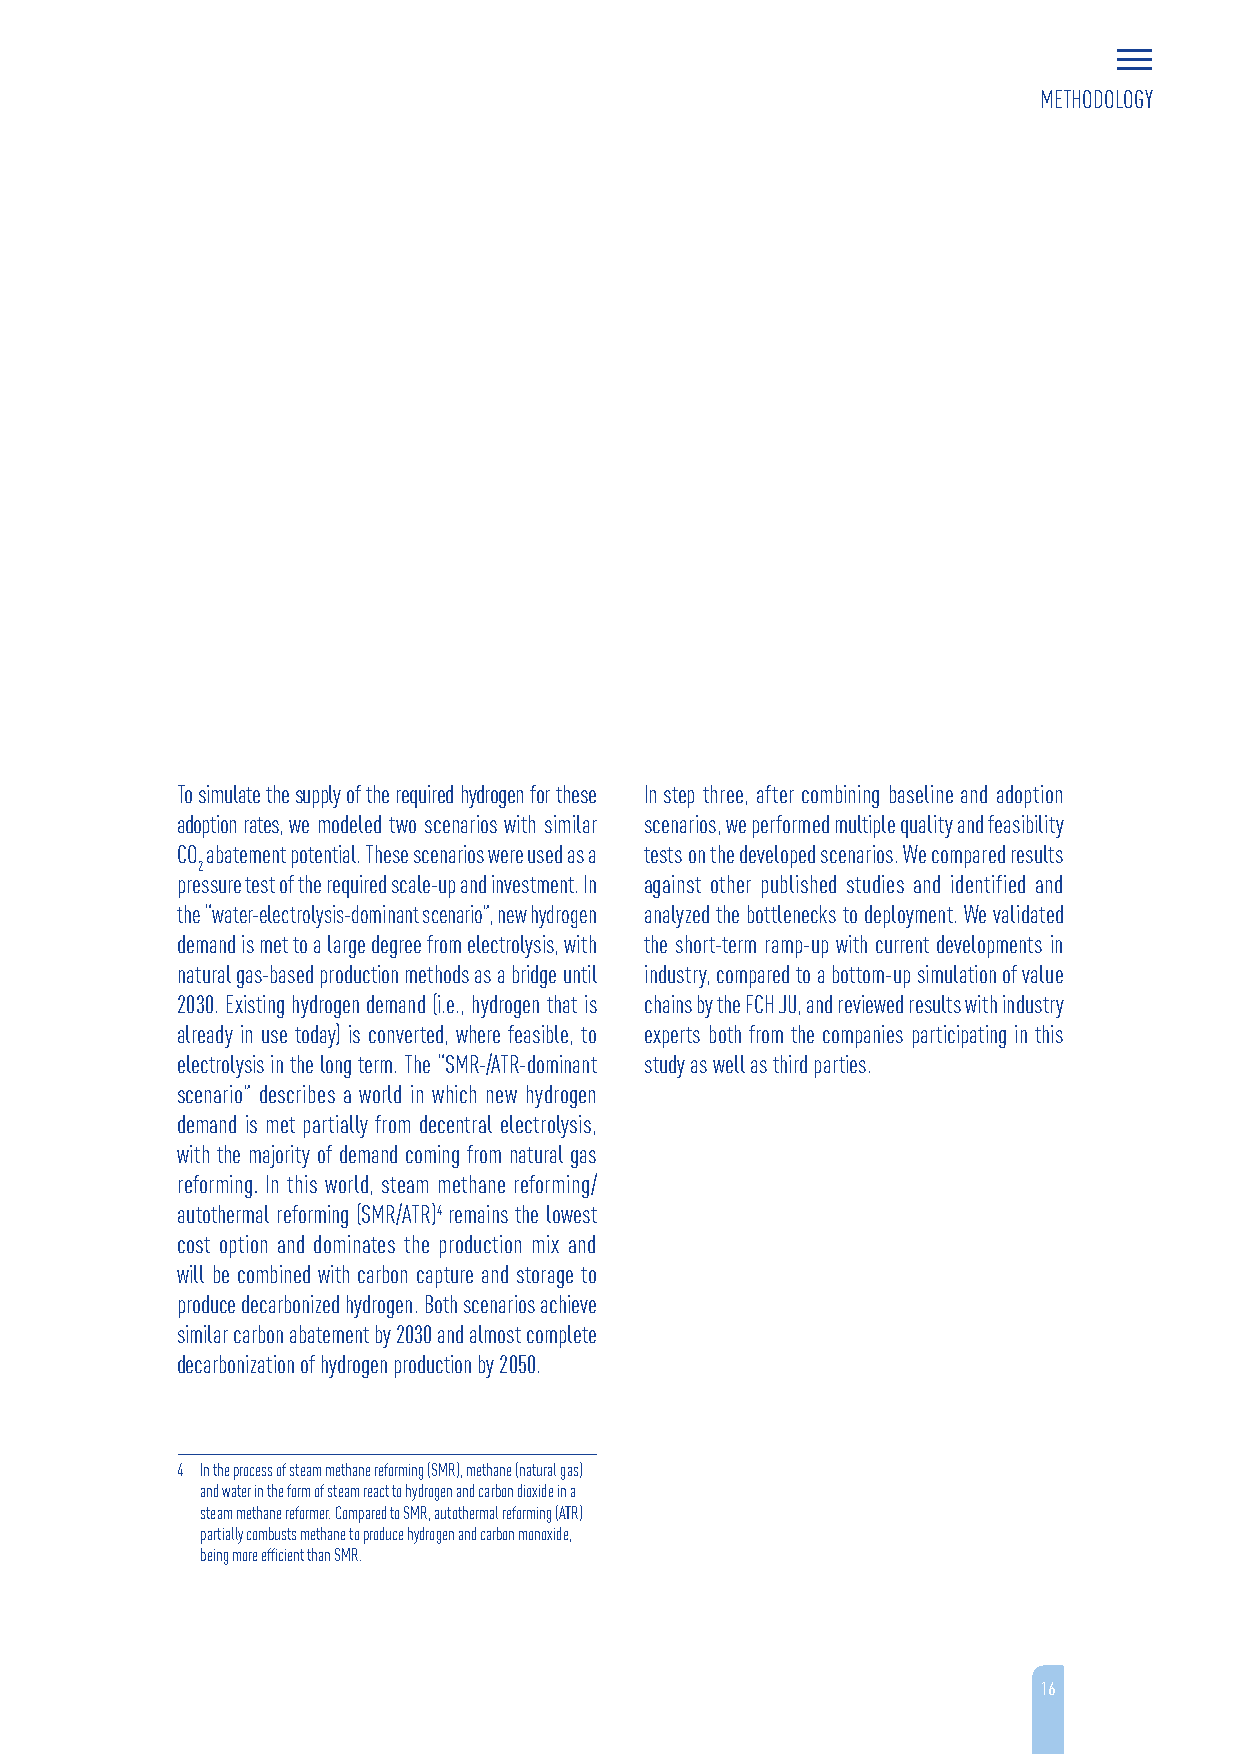
METHODOLOGY
 To simulate the supply of the required hydrogen for these In step three, after combining baseline and adoption
 adoption rates, we modeled two scenarios with similar scenarios, we performed multiple quality and feasibility
 CO abatement potential. These scenarios were used as a tests on the developed scenarios. We compared results
 2
 pressure test of the required scale-up and investment. In against other published studies and identified and
 the “water-electrolysis-dominant scenario”, new hydrogen analyzed the bottlenecks to deployment. We validated
 demand is met to a large degree from electrolysis, with the short-term ramp-up with current developments in
 natural gas-based production methods as a bridge until industry, compared to a bottom-up simulation of value
 2030. Existing hydrogen demand (i.e., hydrogen that is chains by the FCH JU, and reviewed results with industry
 already in use today) is converted, where feasible, to experts both from the companies participating in this
 electrolysis in the long term. The “SMR-/ATR-dominant study as well as third parties.
 scenario” describes a world in which new hydrogen
 demand is met partially from decentral electrolysis,
 with the majority of demand coming from natural gas
 reforming. In this world, steam methane reforming/
 autothermal reforming (SMR/ATR)4 remains the lowest
 cost option and dominates the production mix and
 will be combined with carbon capture and storage to
 produce decarbonized hydrogen. Both scenarios achieve
 similar carbon abatement by 2030 and almost complete
 decarbonization of hydrogen production by 2050.
 4 In the process of steam methane reforming (SMR), methane (natural gas)
 and water in the form of steam react to hydrogen and carbon dioxide in a
 steam methane reformer. Compared to SMR, autothermal reforming (ATR)
 partially combusts methane to produce hydrogen and carbon monoxide,
 being more efficient than SMR.
 16